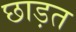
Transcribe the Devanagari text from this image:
छाड़त